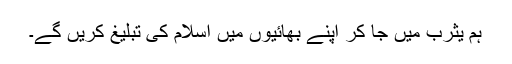
ہم یثرب میں جا کر اپنے بھائیوں میں اسلام کی تبلیغ کریں گے۔